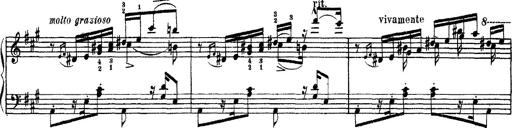
Title: Apparitions
Composer: Franz Liszt